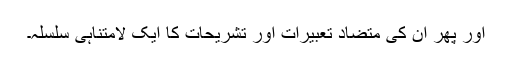
اور پھر ان کی متضاد تعبیرات اور تشریحات کا ایک لامتناہی سلسلہ۔